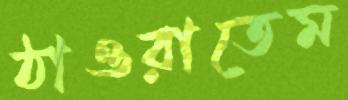
ঠাওরাতেম